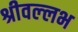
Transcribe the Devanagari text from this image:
श्रीवल्‍लभ